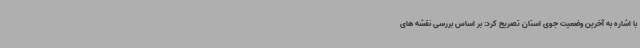
با اشاره به آخرین وضعیت جوی استان تصریح کرد: بر اساس بررسی نقشه های